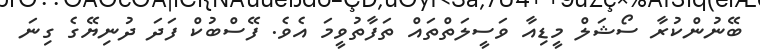
ބޭނުންކުރާ ސޯޝަލް މީޑިއާ ވަސީލަތްތައް ތަފާތުވީމަ އެވެ. ފޭސްބުކް ފަދަ ދުނިޔޭގެ ގިނަ